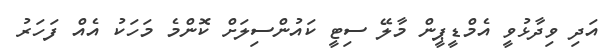
އަދި ވިދާޅުވީ އެމްޑީޕީން މާލޭ ސިޓީ ކައުންސިލަށް ކޮންމެ މަހަކު އެއް ފަހަރު